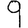
Digit: 9